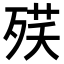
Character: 𣨘